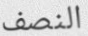
النصف